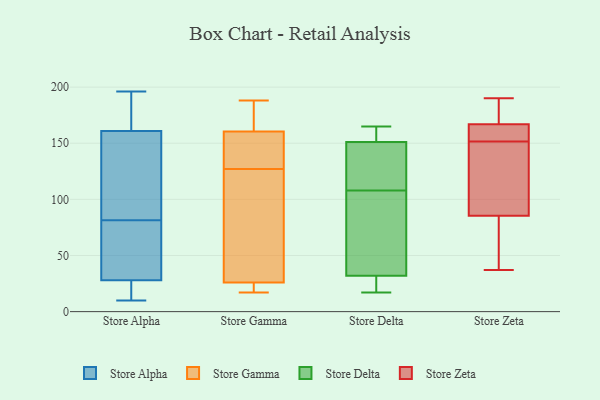
{"axis": {"x": "Customer Acquisition Cost (USD)", "y": "Value"}, "legend": ["Store Alpha", "Store Delta", "Store Gamma", "Store Zeta"], "data": [{"x": "", "y": 28, "type": "Store Alpha"}, {"x": "", "y": 10, "type": "Store Alpha"}, {"x": "", "y": 124, "type": "Store Alpha"}, {"x": "", "y": 102, "type": "Store Alpha"}, {"x": "", "y": 169, "type": "Store Alpha"}, {"x": "", "y": 161, "type": "Store Alpha"}, {"x": "", "y": 61, "type": "Store Alpha"}, {"x": "", "y": 57, "type": "Store Alpha"}, {"x": "", "y": 196, "type": "Store Alpha"}, {"x": "", "y": 26, "type": "Store Alpha"}, {"x": "", "y": 158, "type": "Store Gamma"}, {"x": "", "y": 21, "type": "Store Gamma"}, {"x": "", "y": 161, "type": "Store Gamma"}, {"x": "", "y": 159, "type": "Store Gamma"}, {"x": "", "y": 32, "type": "Store Gamma"}, {"x": "", "y": 24, "type": "Store Gamma"}, {"x": "", "y": 171, "type": "Store Gamma"}, {"x": "", "y": 127, "type": "Store Gamma"}, {"x": "", "y": 106, "type": "Store Gamma"}, {"x": "", "y": 188, "type": "Store Gamma"}, {"x": "", "y": 17, "type": "Store Gamma"}, {"x": "", "y": 41, "type": "Store Delta"}, {"x": "", "y": 17, "type": "Store Delta"}, {"x": "", "y": 23, "type": "Store Delta"}, {"x": "", "y": 18, "type": "Store Delta"}, {"x": "", "y": 41, "type": "Store Delta"}, {"x": "", "y": 165, "type": "Store Delta"}, {"x": "", "y": 145, "type": "Store Delta"}, {"x": "", "y": 65, "type": "Store Delta"}, {"x": "", "y": 97, "type": "Store Delta"}, {"x": "", "y": 154, "type": "Store Delta"}, {"x": "", "y": 18, "type": "Store Delta"}, {"x": "", "y": 148, "type": "Store Delta"}, {"x": "", "y": 129, "type": "Store Delta"}, {"x": "", "y": 157, "type": "Store Delta"}, {"x": "", "y": 161, "type": "Store Delta"}, {"x": "", "y": 119, "type": "Store Delta"}, {"x": "", "y": 81, "type": "Store Zeta"}, {"x": "", "y": 63, "type": "Store Zeta"}, {"x": "", "y": 185, "type": "Store Zeta"}, {"x": "", "y": 149, "type": "Store Zeta"}, {"x": "", "y": 164, "type": "Store Zeta"}, {"x": "", "y": 166, "type": "Store Zeta"}, {"x": "", "y": 168, "type": "Store Zeta"}, {"x": "", "y": 94, "type": "Store Zeta"}, {"x": "", "y": 37, "type": "Store Zeta"}, {"x": "", "y": 190, "type": "Store Zeta"}, {"x": "", "y": 154, "type": "Store Zeta"}, {"x": "", "y": 90, "type": "Store Zeta"}]}